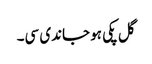
گل پکی ہو جاندی سی۔